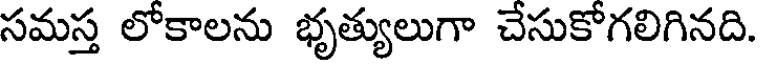
సమస్త లోకాలను భృత్యులుగా చేసుకోగలిగినది.